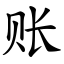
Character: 账